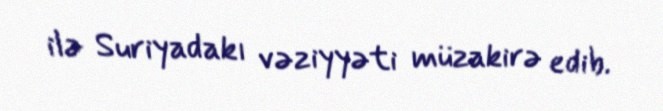
ilə Suriyadakı vəziyyəti müzakirə edib.